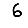
Digit: 6